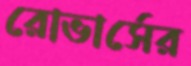
রোভার্সের